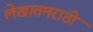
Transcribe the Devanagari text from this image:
लेखातमराठी